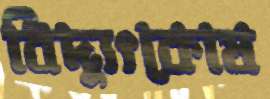
বিদ্যুৎকোষ